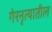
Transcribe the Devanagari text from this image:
गेरनृत्यातील